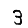
Digit: 3